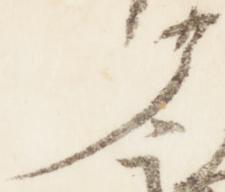
了